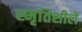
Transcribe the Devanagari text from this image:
स्मृतिशीले